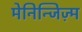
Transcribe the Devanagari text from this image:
मेनिन्जिज़्म